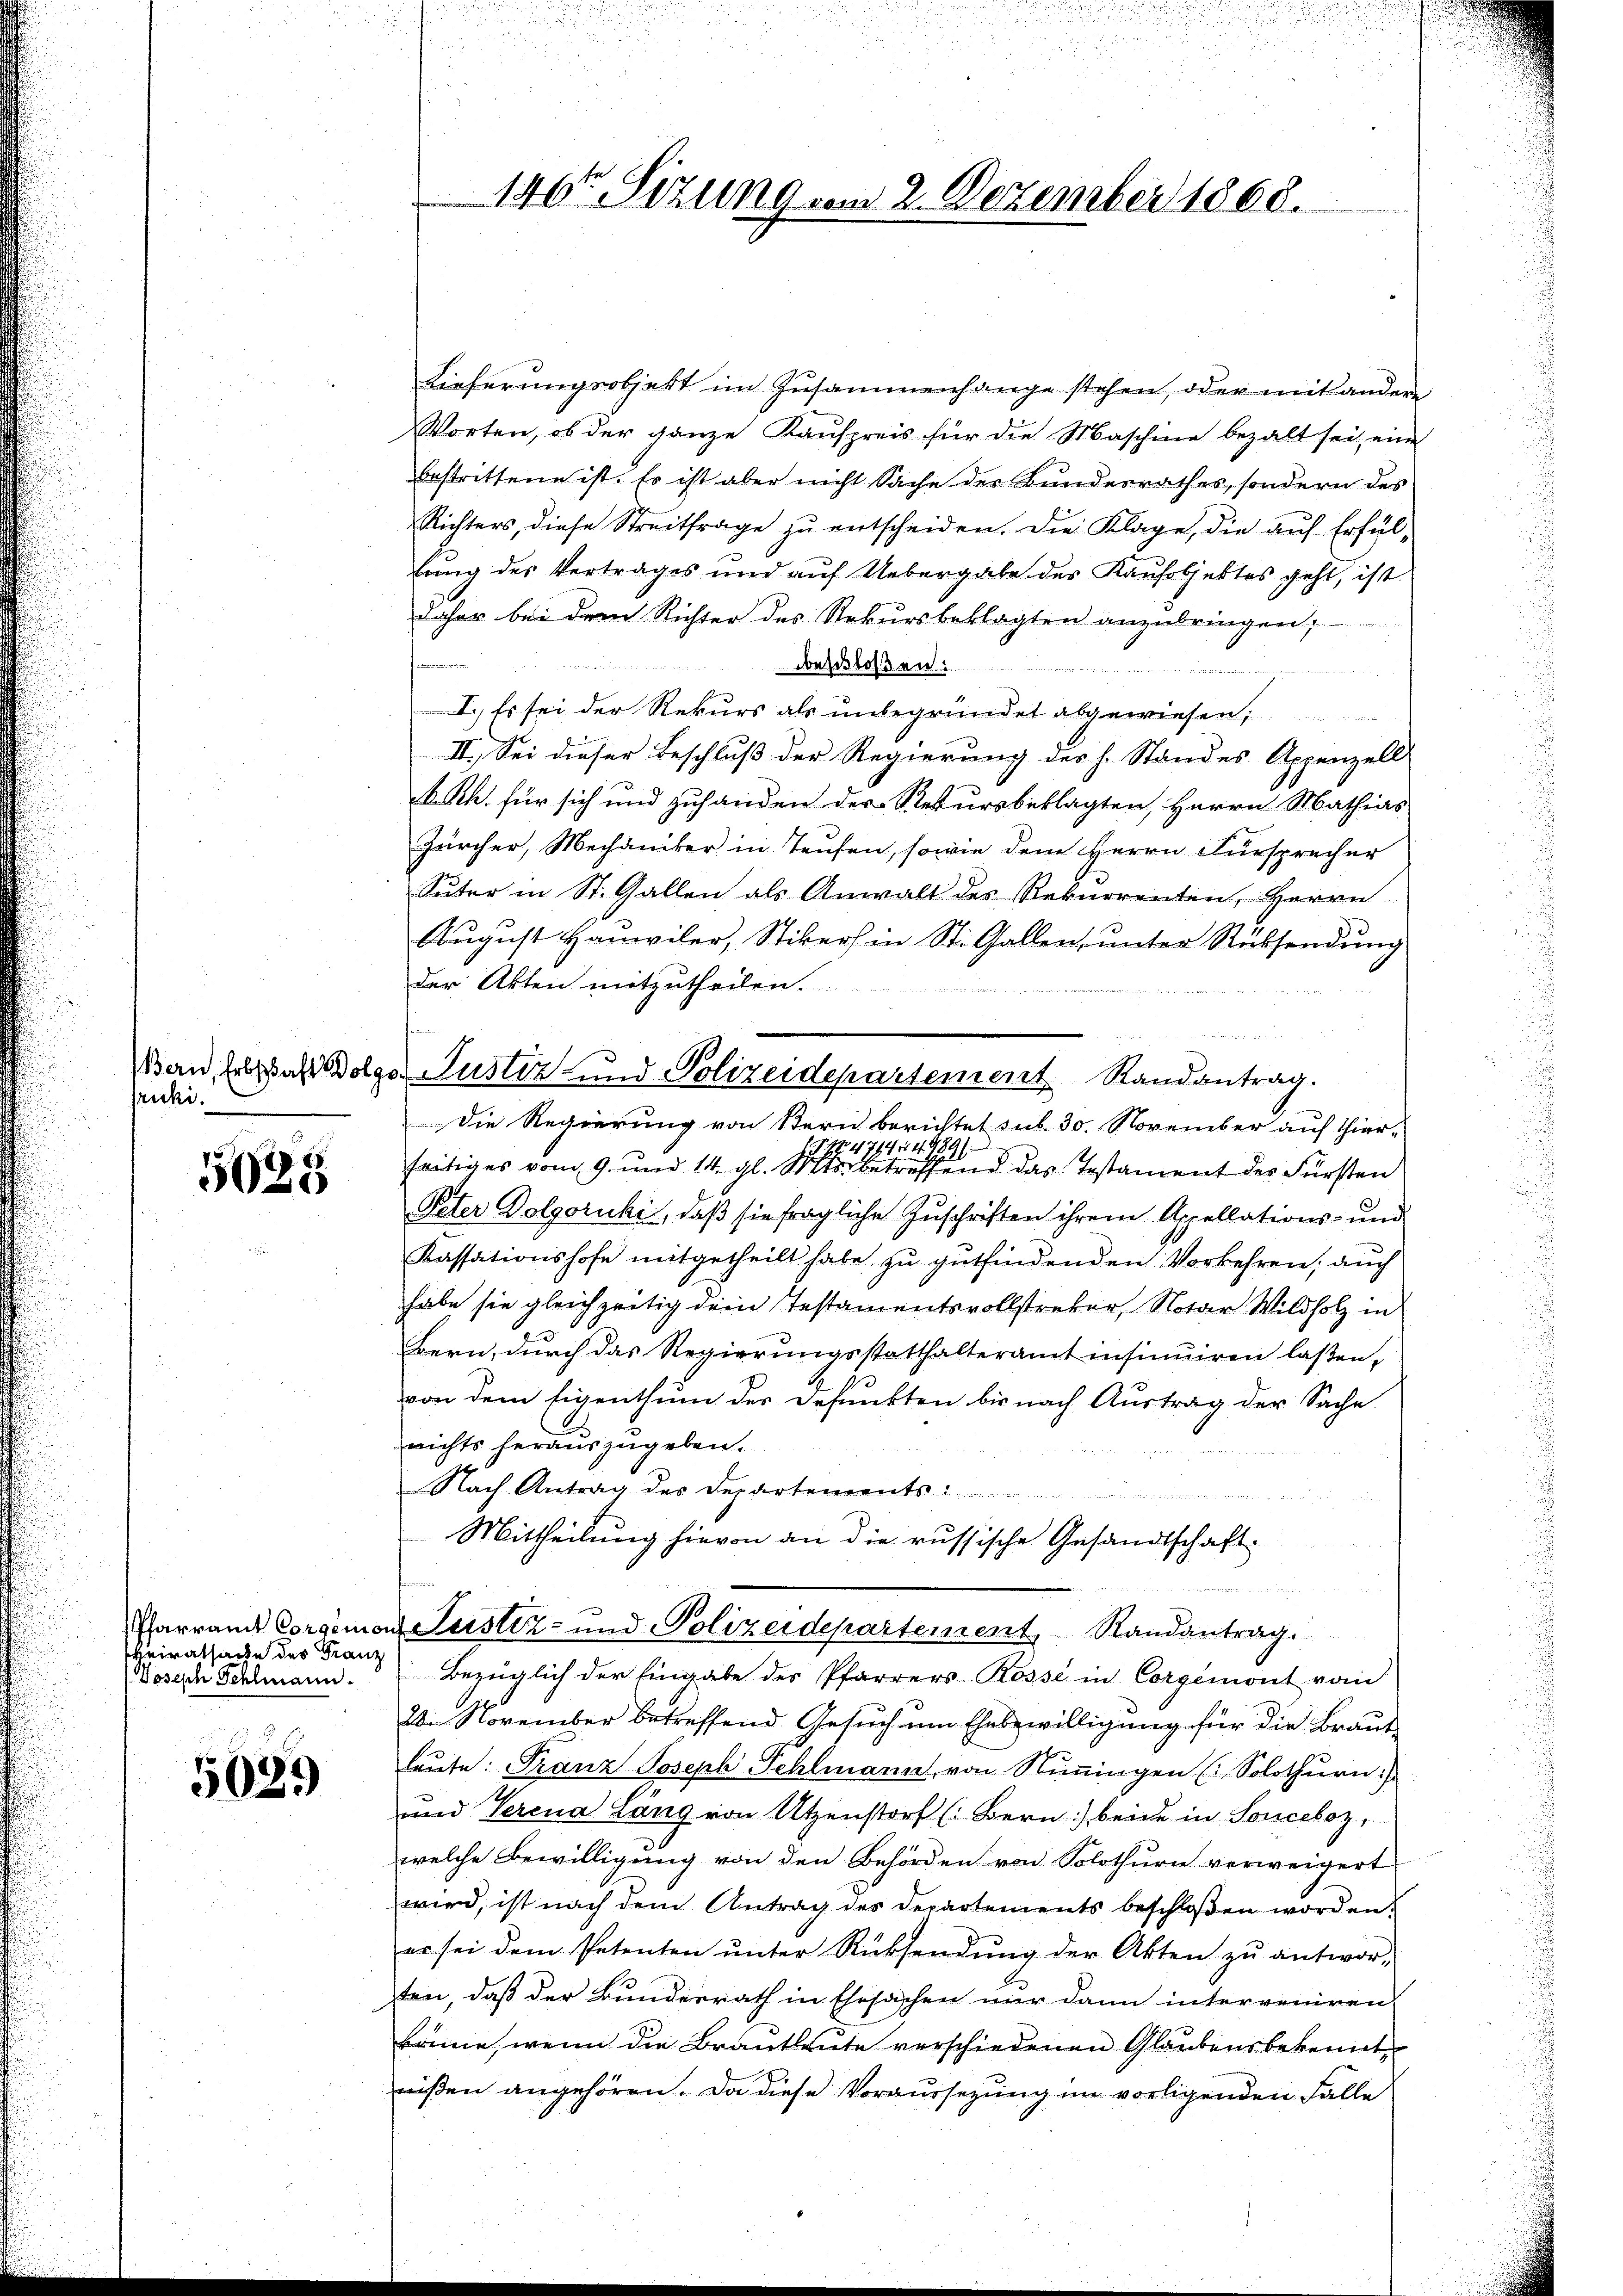
fruki.

5628

heiratsache des Franz
Joseph Schlmann.

5029

146 Sizung vom 2. Dezember 1868.

Lieferungsobjekt im Zusammenhange stehen, oder mit andere
Worten, ob der ganze Kaufpreis für die Maschine bezalt sei, eine
bestrittene ist. Es ist aber nicht Sache der Bundesrathes, sondern des
Richters, diese Streitfrage zu entscheiden. Die Klage, die auf Erfüllung des Vertrages und auf Uebergabe des Kaufobjektes geht, ist.
daher bei dem Richter des Rekursbeklagten anzubringen,
beschloßen:
I. Es sei der Rekurs als unbegründet abgewiesen;
II., Sei dieser Beschluß der Regierung des h. Standes Appenzell
k. Rh. für sich und zuhanden der Rekursbeklagten, Herrn Mathias
Zürcher, Mechaniker in Teufen, sowie dem Herrn Fürsprecher
Suter in St. Gallen als Anwalt des Rekurrenten, Herrn
August Hausviler, Stiker in St. Gallen, unter Rücksendung
der Akten mitzutheilen.
Die Regierung von Stern berichtet sub. 30. November auf Thier-
No. 471454
1
feitiges vom 9. und 14. gl. Mts. betreffend das Testament der Fürsten
Peter Dolgoruki, daß sie fragliche Zuschriften ihrem Appellations- und
Kassationshofe mitgetheilt habe, zu gutfindenden Vorkehren, auch
habe sie gleichzeitig dein Testamentsvollstreber, Notar Wildholz in
Bern, durch das Regierungsstatthalteramt insinuiren laßen,
von dem Eigenthum der Defunkten bis nach Austrag der Sache.
nichts herauszugeben.
Nach Antrag des Departements
Mittheilung hievon an die russische Gesandtschaft
Pfarrand Corgemon Leistiz- und Polizeidepartement Randantrag.
Bezüglich der Eingabe des Pfarrers Rosse in Corgemont vom
2. November betreffend Gesuch um Ehebewilligung für die Braut
leŭte: Franz Joseph Fehlmann von Stimmungen ( Solothurn)
und Verena Lang von Utzenstorf (Bern) beide in Sonceboz,
welche Bewilligung von den Behörden von Solothurn verweigert
wird, ist nach dem Antrag des Departements beschloßen worden.
er sei dem Petenten ŭnter Rücksendŭng der Akten zŭ antwor
ten, daß der Bunderrath in Ehesachen nur dann interveniren.
könne, wenn die Brautleute verschiedenen Glaubensbekennt
wißen angehören. Da diese Voraussezung im vorligenden Falle

an Erlaß Wolga Justiz- und Polizeidepartement Randantrag.